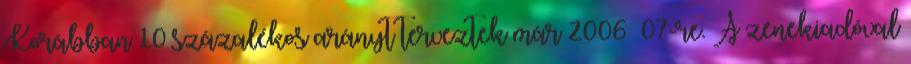
Korábban 10 százalékos arányt terveztek már 2006 07-re. A zenekiadóval